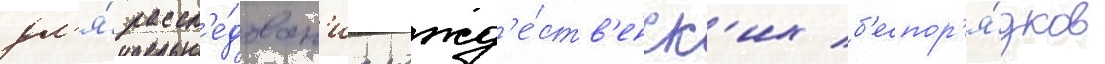
дл'я́ рассл'е́дован'иа рожд'е́ств'енск'их б'еспор'я́дков